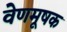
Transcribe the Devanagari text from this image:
वेणमूषक